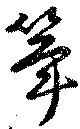
筝